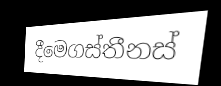
දීමෙගස්තීනස්